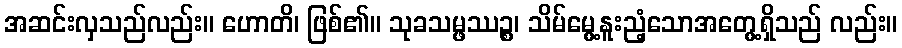
အဆင်းလှသည်လည်း။ ဟောတိ၊ ဖြစ်၏။ သုခသမ္ဖဿဉ္စ၊ သိမ်မွေ့နူးညံ့သောအတွေ့ရှိသည် လည်း။